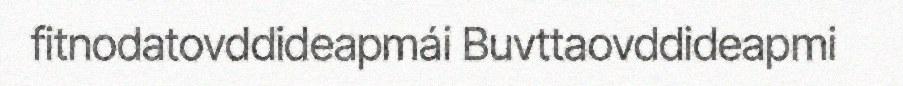
fitnodatovddideapmái Buvttaovddideapmi